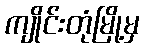
ကျိုင်းတုံမြို့မှ